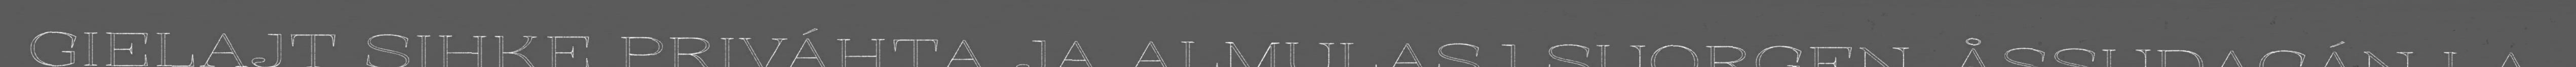
GIELAJT SIHKE PRIVÁHTA JA ALMULASJ SUORGEN. ÅSSUDAGÁN LA